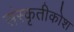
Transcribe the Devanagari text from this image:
संस्कृतीकोश